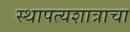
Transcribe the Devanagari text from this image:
स्थापत्यशात्राचा